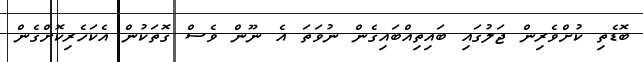
ބޮޑެތި ކުށްވެރިން ޖަލުގައި ބައިތިއްބައިގެން ނުވަތަ އެ ނޫން ވެސް ގޮތަކުން އެކަހެރިކޮށްގެން